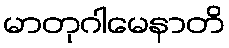
မာတုဂါမေနာတိ